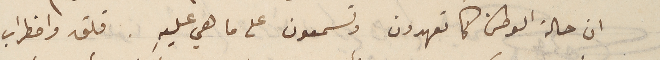
ان حالة الوطن كما تعهدون وتسمعون على ما هي عليهِ. قلق واضطراب